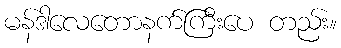
မန်ဒါလေတောနက်ကြီးပေ တည်း။